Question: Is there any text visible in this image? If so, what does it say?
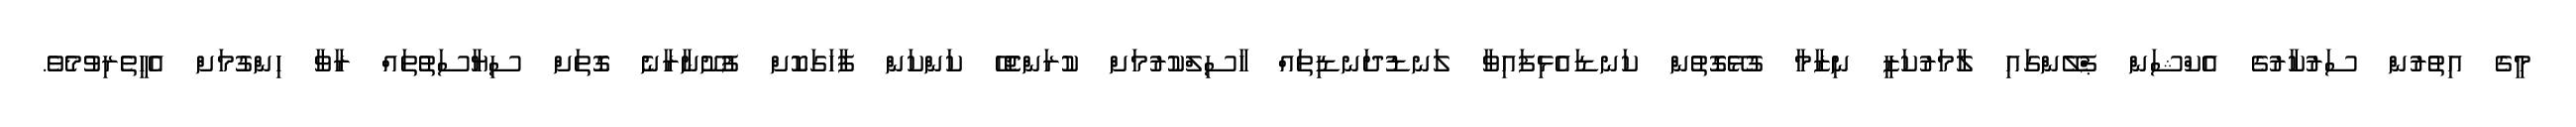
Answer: މީގެ އިތުރުން ސަރުކާރުގެ އެކްޝަން ޕްލޭންގައި ލާމަރުކަޒީ ނިޒާމާ ގުޅޭގޮތުން ކަނޑައެޅިފައިވާ ލަނޑުދަނޑިތައް ހާސިލްކުރުމަށް ކުރަންޖެހޭ ކަންކަން ފާހަގަކޮށް ފުށޫނާރާނެ ގޮތަށް ސިޔާސަތުތައް ރާވާ ހިންގުމަށް އެހީތެރިވުމެވެ.